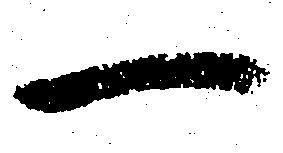
一